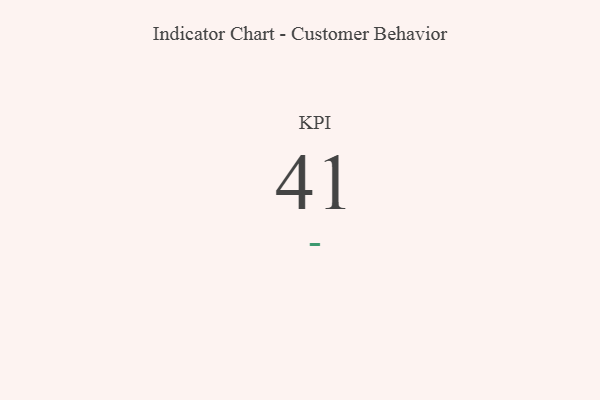
{"axis": {"x": "KPI", "y": "Value"}, "legend": [""], "data": [{"x": "KPI", "y": 41, "type": ""}]}